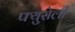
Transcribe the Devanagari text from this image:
फ्युसेली